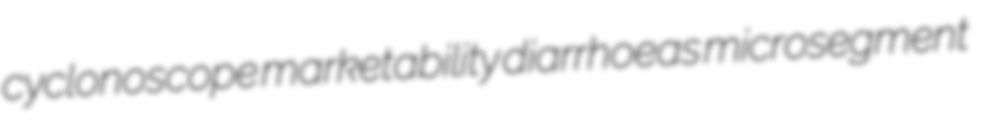
cyclonoscope marketability diarrhoeas microsegment